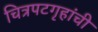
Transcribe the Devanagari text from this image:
चित्रपटगृहांची